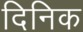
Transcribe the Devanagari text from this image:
दिनिक